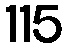
115